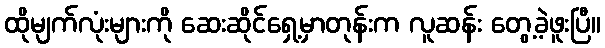
ထိုမျက်လုံးများကို ဆေးဆိုင်ရှေ့မှာတုန်းက လူဆန်း တွေ့ခဲ့ဖူးပြီ။